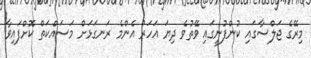
މިރޭގެ ޖަލްސާގައި ކުންފުނީގައި ވޭތުވެ ދިޔަ އަހަރު އެންމެ ރަނގަޅަށް މަސައްކަތް ކޮށްފައިވާ